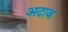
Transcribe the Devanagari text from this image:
अदाज